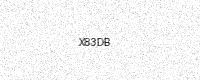
Text: X83DB